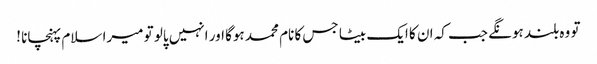
تو وہ بلند ہونگے جب کہ ان کا ایک بیٹا جس کا نام محمد ہوگا اور انہیں پالو تو میرا سلام پہنچانا !